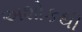
અશોકથી